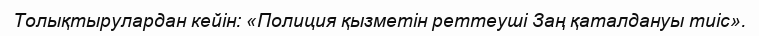
Толықтырулардан кейін: «Полиция қызметін реттеуші Заң қаталдануы тиіс».